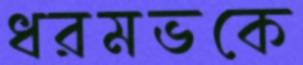
ধরমভকে